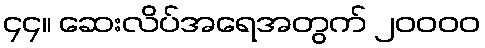
၄၄။ ဆေးလိပ်အရေအတွက် ၂၀၀၀၀